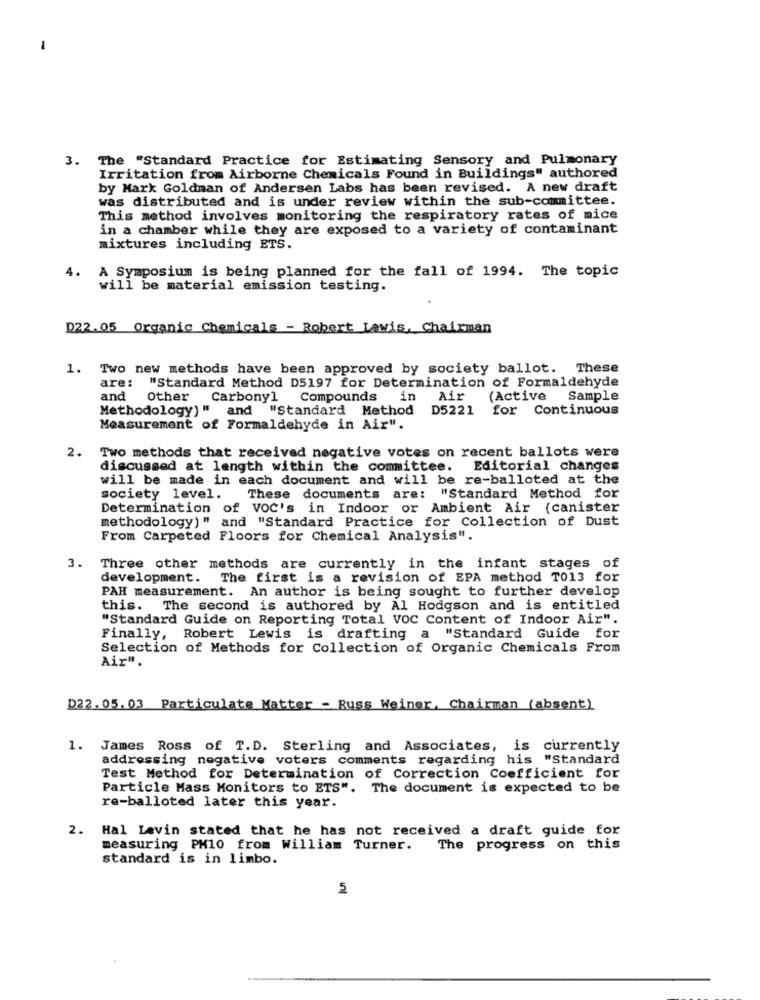
3. The "Standard Practice for Estimating Sensory and Pulmonary
Irritation from Airborne Chemicals Found in Buildings" authored
by Mark Goldman of Andersen Labs has been revised. A new draft
was distributed and is under review within the sub-committee.
This method involves monitoring the respiratory rates of mice
in a chamber while they are exposed to a variety of contaminant
mixtures including ETS.
4.
A Symposium is being planned for the fall of 1994. The topic
will be material emission testing.
D22.05 Organic Chemicals - Robert Lewis, Chairman
1. Two new methods have been approved by society ballot. These
are:
"Standard Method D5197 for Determination of Formaldehyde
and
Other Carbonyl Compounds
in
Air
(Active Sample
Methodology) " and "Standard Method
D5221 for Continuous
Measurement of Formaldehyde in Air".
2.
Two methods that received negative votes on recent ballots were
discussed at length within the committee. Editorial changes
will be made in each document and will be re-balloted at the
society level.
These documents are: "Standard Method for
Determination of VOC's in Indoor or Ambient Air (canister
methodology) " and "Standard Practice for Collection of Dust
From Carpeted Floors for Chemical Analysis".
3.
Three other methods are currently in the infant stages of
development. The first is a revision of EPA method To13 for
PAH measurement. An author is being sought to further develop
this. The second is authored by Al Hodgson and is entitled
"Standard Guide on Reporting Total VOC Content of Indoor Air".
Finally, Robert Lewis is drafting a "Standard Guide for
Selection of Methods for Collection of Organic Chemicals From
Air".
D22.05.03 Particulate Matter - Russ Weiner, Chairman (absent)
1. James Ross of T.D. Sterling and Associates, is currently
addressing negative voters comments regarding his "Standard
Test Method for Determination of Correction Coefficient for
Particle Mass Monitors to ETS". The document is expected to be
re-balloted later this year.
2. Hal Levin stated that he has not received a draft guide for
measuring PM10 from William Turner.
The progress on this
standard is in limbo.
5